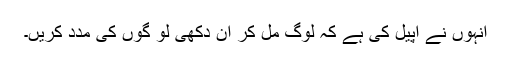
انہوں نے اپیل کی ہے کہ لوگ مل کر ان دکھی لو گوں کی مدد کریں۔